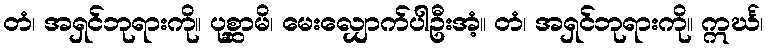
တံ၊ အရှင်ဘုရားကို။ ပုစ္ဆာမိ၊ မေးလျှောက်ပါဦးအံ့။ တံ၊ အရှင်ဘုရားကို။ ဣင်္ဃ၊